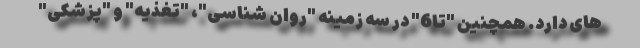
های دارد. همچنین "تا6" در سه زمینه "روان شناسی"، "تغذیه" و "پزشکی"